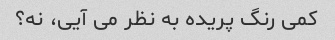
کمی رنگ پریده به نظر می آیی، نه؟